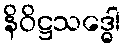
နိဝိဋ္ဌသဒ္ဓေါ